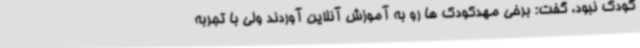
کودک نبود، گفت: برخی مهدکودک ها رو به آموزش آنلاین آوردند ولی با تجربه